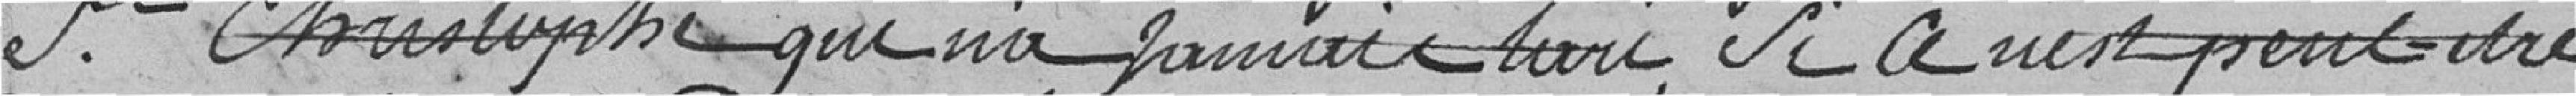
Saint-Christophe qui n'a jamais tari, si ce n'est peut-être